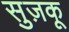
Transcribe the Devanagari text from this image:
सुज़कू